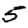
Digit: 5